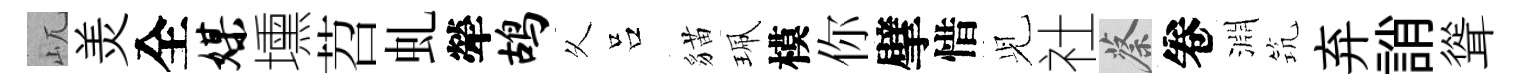
屼羙全媒壎苕虬犖鸪乆吕貓珮模你擘惜𫤗社蔡卷淵𥬑弃誚聳